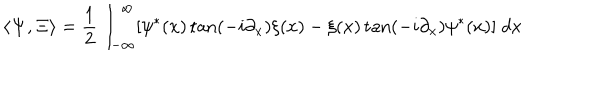
LaTeX: \langle { \bf \Psi } , { \bf \Xi } \rangle = \frac 1 2 \int _ { - \infty } ^ { \infty } [ \psi ^ { * } ( x ) \tan ( - i \partial _ { x } ) \xi ( x ) - \xi ( x ) \tan ( - i \partial _ { x } ) \psi ^ { * } ( x ) ] \; d x